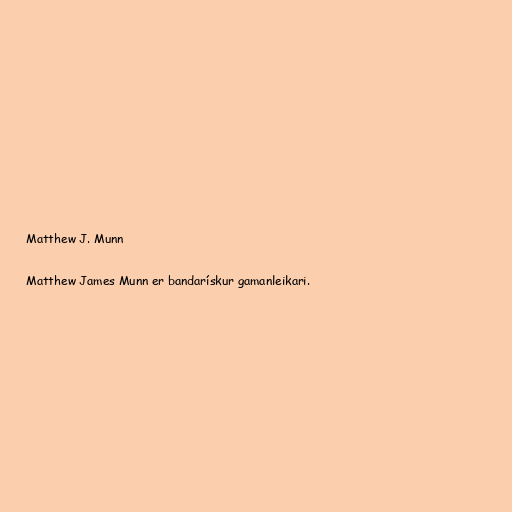
Matthew J. Munn

Matthew James Munn er bandarískur gamanleikari.